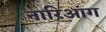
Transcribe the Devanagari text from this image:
नारिआंग